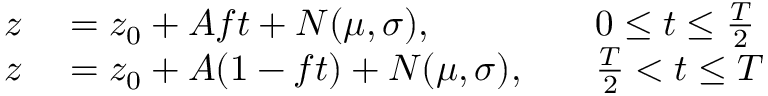
\begin{array} { r l r l } { z } & { { } = z _ { 0 } + A f t + N ( \mu , \sigma ) , } & { } & { { } 0 \leq t \leq \frac { T } { 2 } } \\ { z } & { { } = z _ { 0 } + A ( 1 - f t ) + N ( \mu , \sigma ) , } & { } & { { } \frac { T } { 2 } < t \leq T } \end{array}